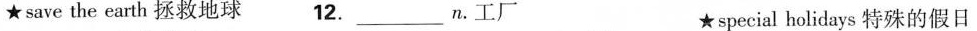
★save the earth拯救地球 12.______n。工厂 ★special holidays特殊的假日